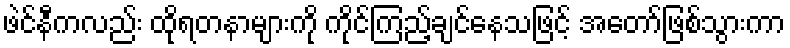
ဖဲင်နီကလည်း ထိုရတနာများကို ကိုင်ကြည့်ချင်နေသဖြင့် အတော်ဖြစ်သွားကာ